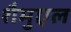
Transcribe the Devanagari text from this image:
शैमुएल